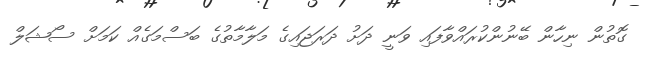
ގޮތުން ނިހާން ބޭނުންކުރައްވާފައި ވަނީ ދަށު ދަރަޖައިގެ މަލާމާތުގެ ބަސްމަގެއް ކަމަށް ސޯޝަލް